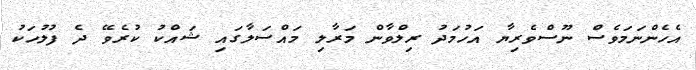
އެހެންނަމަވެސް ނޫސްވެރިޔާ އަހުމަދު ރިލްވާން މަރާލި މައްސަލާގައި ޝައްކު ކުރެވޭ ދެ ފުލުހަކު